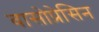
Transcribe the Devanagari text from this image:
वासोप्रेसिन